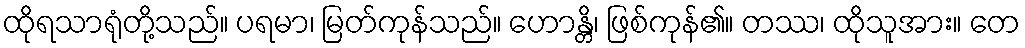
ထိုရသာရုံတို့သည်။ ပရမာ၊ မြတ်ကုန်သည်။ ဟောန္တိ၊ ဖြစ်ကုန်၏။ တဿ၊ ထိုသူအား။ တေ